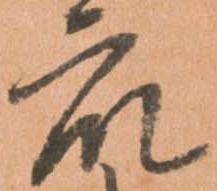
衆